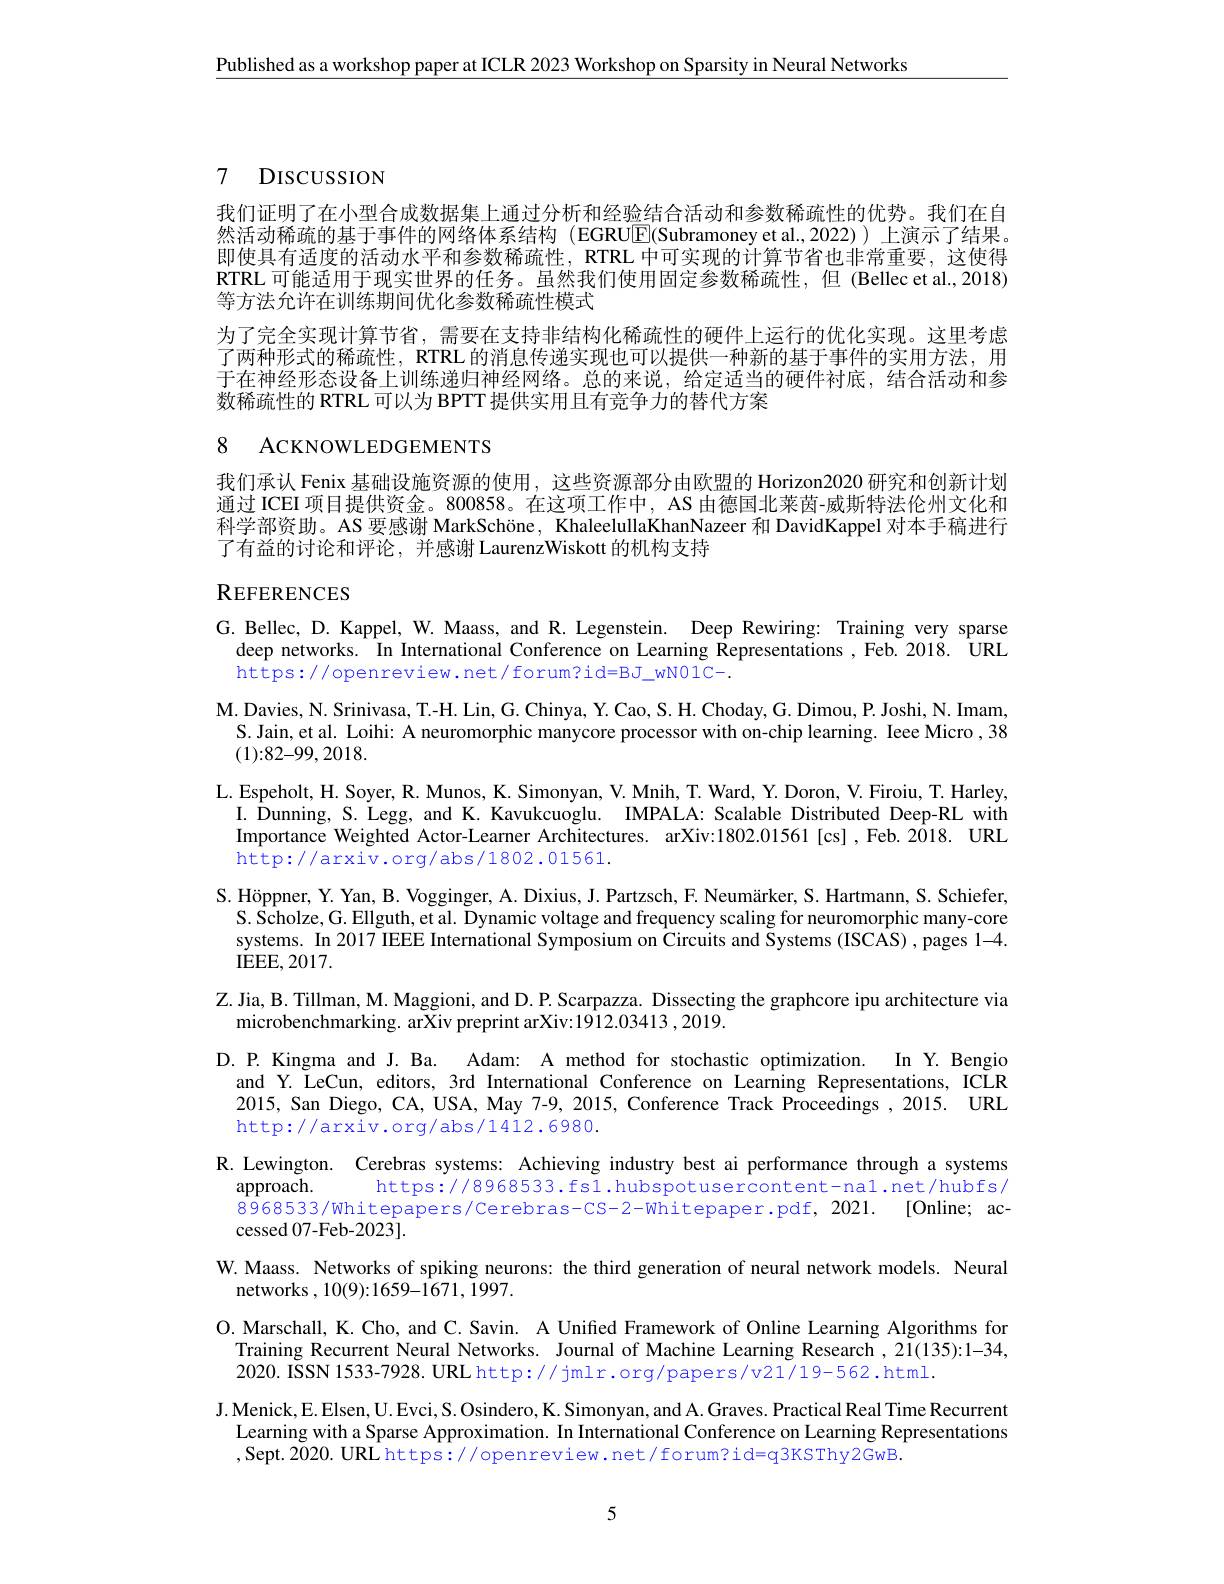
$\underline{\text{Published as a workshop paper at ICLR 2023 Workshop on Sparsity in Neural Networks}}$

# 7 DISCUSSION

我们证明了在小型合成数据集上通过分析和经验结合活动和参数稀疏性的优势。我们在自然活动稀疏的基于事件的网络体系结构 (EGRU$\mathbb{E}($Subramoney et al.2022))上演示了结果。即使具有适度的活动水平和参数稀疏性，RTRL 中可实现的计算节省也非常重要，这使得RTRL 可能适用于现实世界的任务。虽然我们使用固定参数稀疏性，但 (Bellec et al.,2018) 等方法允许在训练期间优化参数稀疏性模式
为了完全实现计算节省，需要在支持非结构化稀疏性的硬件上运行的优化实现。这里考虑了两种形式的稀疏性，RTRL 的消息传递实现也可以提供一种新的基于事件的实用方法，用于在神经形态设备上训练递归神经网络。总的来说，给定适当的硬件衬底，结合活动和参数稀疏性的 RTRL 可以为 BPTT 提供实用且有竞争力的替代方案

# 8 ACKNOWLEDGEMENTS

我们承认 Fenix 基础设施资源的使用，这些资源部分由欧盟的 Horizon2020 研究和创新计划通过 ICEI 项目提供资金。800858。在这项工作中，AS 由德国北莱茵-威斯特法伦州文化和科学部资助。AS 要感谢 MarkSchöne, KhaleelullaKhanNazeer 和 DavidKappel 对本手稿进行了有益的讨论和评论，并感谢 LaurenzWiskott 的机构支持

# REFERENCES

G. Bellec, D. Kappel, W. Maass, and R. Legenstein. Deep Rewiring: Training very sparse
deep networks. In International Conference on Learning Representations, Feb.2018. URL
https://openreview.net/forum?id=BJ_wNO1C-.
M. Davies, N. Srinivasa, T. - H. Lin, G. Chinya, Y. Cao, S. H. Choday, G. Dimou, P. Joshi, N. Imam,
S.Jain, et al. Loihi: A neuromorphic manycore processor with on-chip learning. Ieee Micro ,38
(1){:}82{-}99,2018.
L. Espeholt, H. Soyer, R. Munos, K. Simonyan, V. Mnih, T. Ward, Y. Doron, V. Firoiu, T. Harley,
I. Dunning, S. Legg, and K. Kavukcuoglu. IMPALA: Scalable Distributed Deep-RL with Importance Weighted Actor-Learner Architectures. arXiv:1802.01561[cs],Feb.2018. URL http: / arxiv. org/ abs/ 1802. 01561.
S. Höppner, Y. Yan, B. Vogginger, A. Dixius, J. Partzsch, F. Neumärker, S. Hartmann, S. Schiefer,
S. Scholze, G. Ellguth, et al. Dynamic voltage and frequency scaling for neuromorphic many-core systems. In 2017 IEEE International Symposium on Circuits and Systems (ISCAS) , pages 1-4. IEEE, 2017.
Z. Jia, B. Tillman, M. Maggioni, and D. P. Scarpazza. Dissecting the graphcore ipu architecture via
microbenchmarking. arXiv preprint arXiv:1912.03413 ,2019.
D.P. Kingma and J. Ba. Adam: A method for stochastic optimization. In Y. Bengio
and Y. LeCun, editors, 3rd International Conference on Learning Representations, ICLR 2015, San Diego, CA, USA, May 7-9, 2015, Conference Track Proceedings, 2015. URL http://arxiv.org/abs/1412.6980.
R. Lewington. Cerebras systems: Achieving industry best ai performance through a systems
approach.
https://8968533.fs1.hubspotusercontent-nal.net/hubfs/
8968533/whitepapers/Cerebras-CS-2-Whitepaper.pdf, 2021. [Online; ac-10]
cessed 07-Feb-2023].
W. Maass. Networks of spiking neurons: the third generation of neural network models. Neural
networks ,10(9){:}1659{-1671,1997.}
O. Marschall, K. Cho, and C. Savin. A Unified Framework of Online Learning Algorithms for
Training Recurrent Neural Networks. Journal of Machine Learning Research , 21(135):1-34,
2020. ISSN 1533-7928. URL http:// jmlr.org/papers/v21/19-562.html.
J. Menick, E. Elsen, U. Evci, S. Osindero, K. Simonyan, and A. Graves. Practical Real Time Recurrent
Learning with a Sparse Approximation. In International Conference on Learning Representations
,Sept. 2020. URL https://openreview.net/forum?id=q3KSThy2GwB.

5